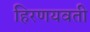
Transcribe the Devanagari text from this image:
हिरणयवती